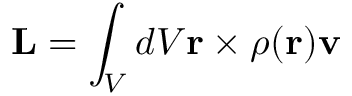
\mathbf { L } = \int _ { V } d V \mathbf { r } \times \rho ( \mathbf { r } ) \mathbf { v }